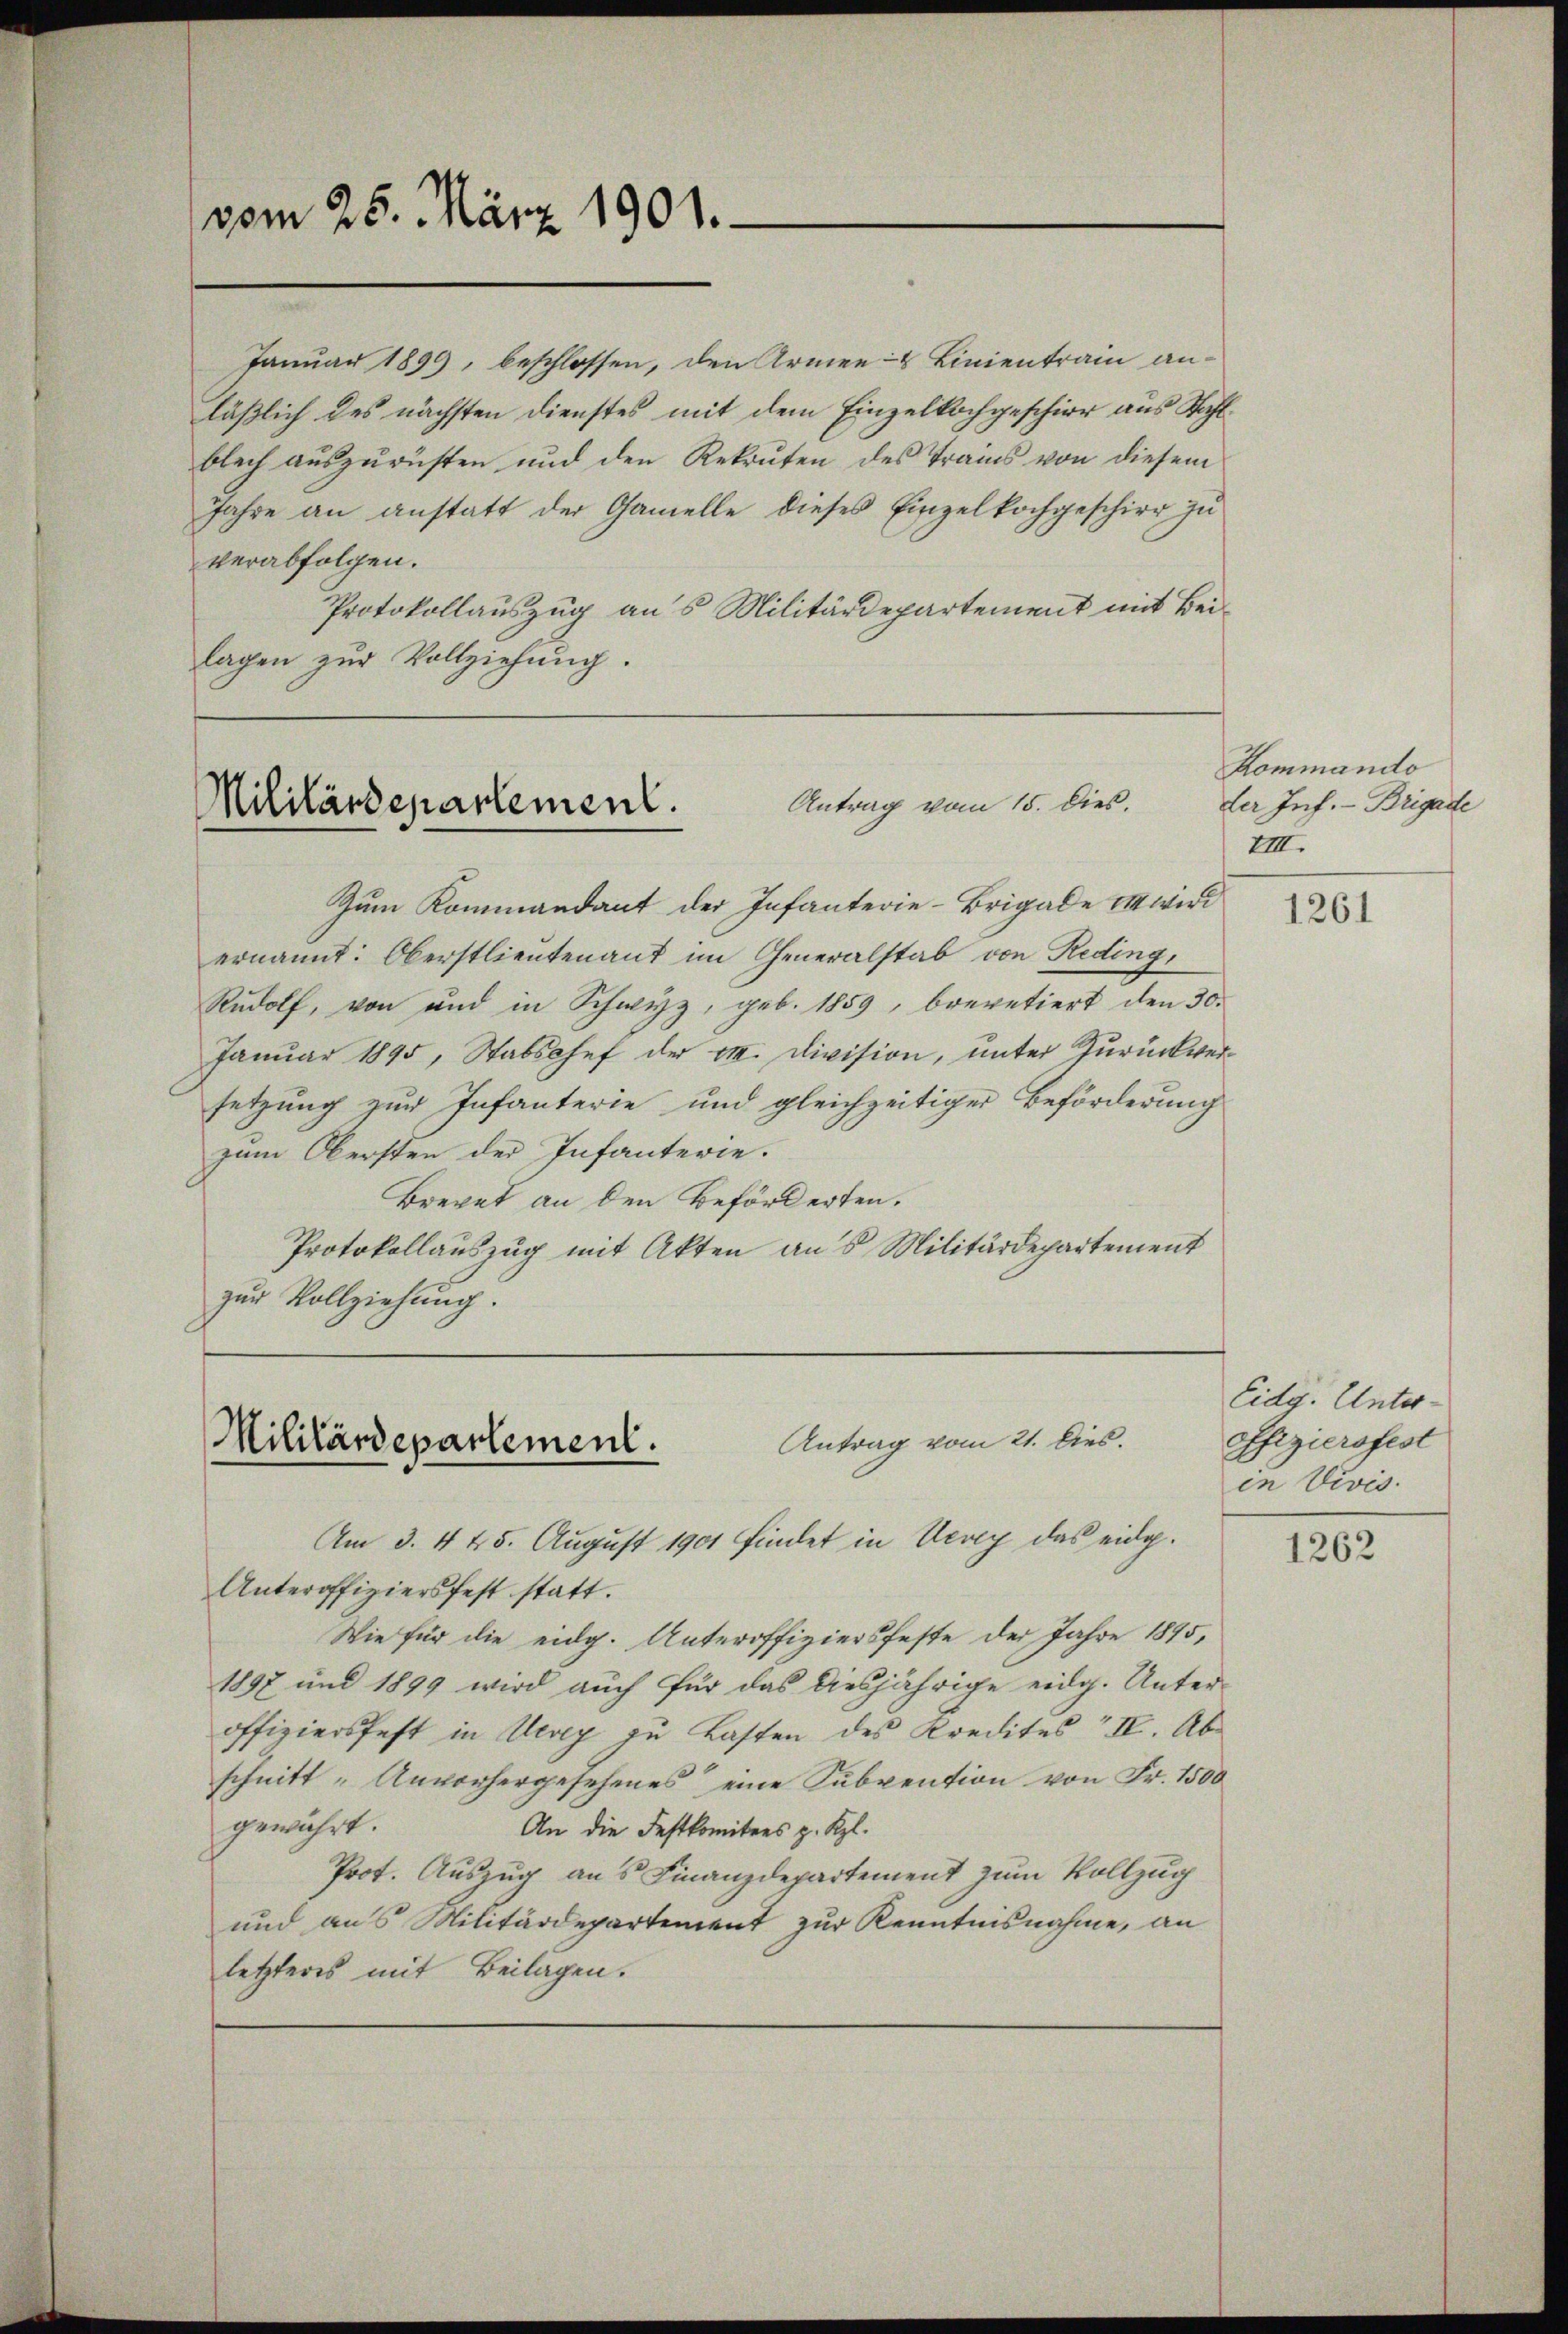
vom 25. März 1901.

Januar 1899, beschlossen, den Armen- & Linientram an-
läßlich des nächsten Dienstes mit dem Einzelkochgeschier aus Wahlblech auszurüsten und den Rekruten des Trains von diesem
Jahre an anstatt der Gamelle dieses Einzelkochgeschier zu
verabfolgen.
Protokollauszug aus Militärdepartement mit Beilagen zur Vollziehung.

Antrag vom 15. Dies.
Militärdepartement.

Zum Kommandant der Infanterie-Brigade in wird
ernannt: Oberstlieutenant im Generalstab von Reding,
Rudolf, von und in Schwyz, geb. 1859, brevetiert den 30.
Januar 1895, Stabschef der VII. Division, unter Zurückversetzung zur Infanterie und gleichzeitiger Beförderung
zum Obersten der Infanterie.
Brevet an den beförderten.
Protokollauszug mit Akten aus Militärdepartement
zur Vollziehung.

Antrag vom 21. Dies.
Militärdepartement.

Am 3. 445. August 1901 findet in Vevey das eidg.
Unteroffiziersfest statt.
Wie für die eidg. Unteroffiziersfeste der Jahre 1895,
1897 und 1899 wird auch für das diesjährige eidg. Unter-
offiziersfest in Uerey zu Lasten des Kredites II. Abschnitt. Unvorhergesehenes eine Subvention von Fr. 1500
gewährt.
An die Festkomitees z. Kgl.
Prot. Auszug aus Finanzdepartement zum Vollzug
und aus Militärdepartement zur Kenntnisnahme, an
letzteres mit Beilagen.

Kommando
der Inf. - Brigade
VIII.

1261

Eidg. Unter¬
Offiziersfest
in Vivis.

1262